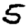
Digit: 5